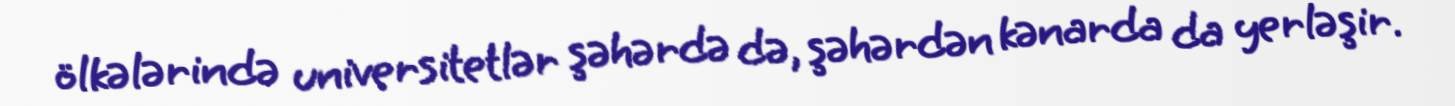
ölkələrində universitetlər şəhərdə də, şəhərdən kənarda da yerləşir.